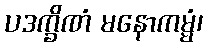
ပဒက္ခိဏံ မနောကမ္မံ၊